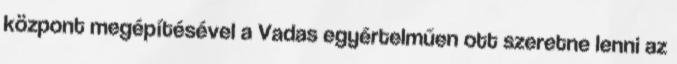
központ megépítésével a Vadas egyértelműen ott szeretne lenni az